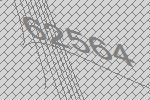
62564